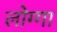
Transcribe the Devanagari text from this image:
लोग्गा